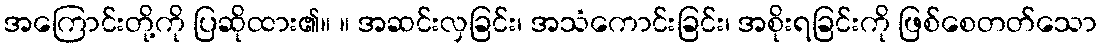
အကြောင်းတို့ကို ပြဆိုထား၏။ ။ အဆင်းလှခြင်း၊ အသံကောင်းခြင်း၊ အစိုးရခြင်းကို ဖြစ်စေတတ်သော